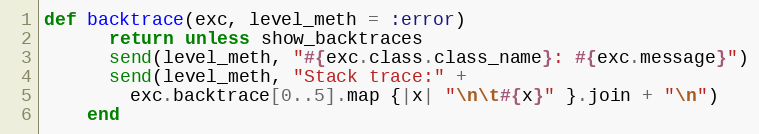
Language: Ruby
def backtrace(exc, level_meth = :error)
      return unless show_backtraces
      send(level_meth, "#{exc.class.class_name}: #{exc.message}")
      send(level_meth, "Stack trace:" +
        exc.backtrace[0..5].map {|x| "\n\t#{x}" }.join + "\n")
    end